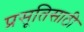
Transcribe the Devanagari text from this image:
प्रसूतिसाठी